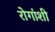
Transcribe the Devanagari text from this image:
रोगांशी